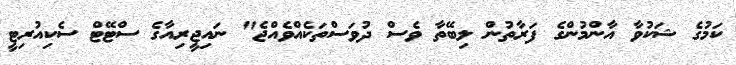
ކަމުގެ ޝަކުވާ އާންމުންގެ ފަރާތުން ލިބޭތާ ވެސް ދުވަސްތަކެއްވެއްޖެ" ނައިޖީރިއާގެ ސްޓޭޓް ސެކިއުރިޓީ